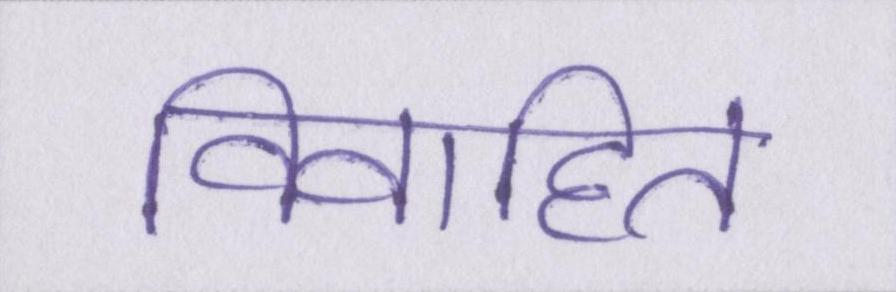
विवाहित